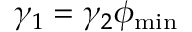
\gamma _ { 1 } = \gamma _ { 2 } \phi _ { \mathrm { { m i n } } }